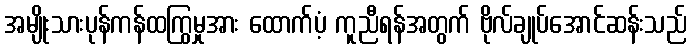
အမျိုးသားပုန်ကန်ထကြွမှုအား ထောက်ပံ့ ကူညီရန်အတွက် ဗိုလ်ချုပ်အောင်ဆန်းသည်